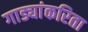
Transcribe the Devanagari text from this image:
गाड्यांकरिता